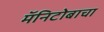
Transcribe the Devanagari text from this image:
मॅनिटोबाचा